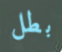
بطل